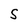
Character: S